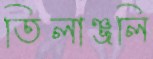
তিলাঞ্জলি